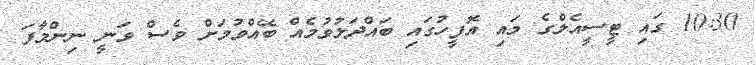
10:30 ގައި ޓީސީއެލްގެ މައި އޮފީހުގައި ބައްދަލުވުމެއް ބޭއްވުމަށް ވެސް ވަނީ ނިންމާފަ